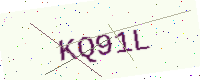
Text: KQ91L